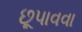
છૂપાવવા